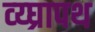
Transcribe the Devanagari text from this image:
व्य्घ्रापथ